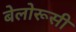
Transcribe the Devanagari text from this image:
बेलोरूसी